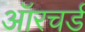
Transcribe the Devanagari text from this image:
ऑरचर्ड